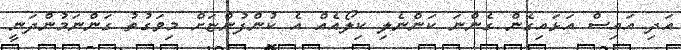
އަދި އައިސް އަޅައިގެން ގެންނަ ކަންނެލި ކިލޯއެއް އެ ކުންފުންޏަށް މިވަގުތު ގަންނަމުންދަނީ